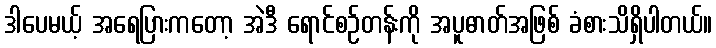
ဒါပေမယ့် အရေပြားကတော့ အဲဒီ ရောင်စဉ်တန်းကို အပူဓာတ်အဖြစ် ခံစားသိရှိပါတယ်။